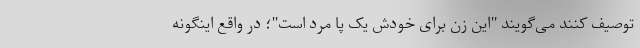
توصیف کنند می‌گویند "این زن برای خودش یک پا مرد است"؛ در واقع اینگونه